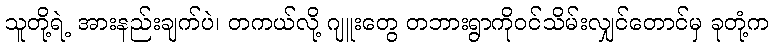
သူတို့ရဲ့ အားနည်းချက်ပဲ၊ တကယ်လို့ ဂျူးတွေ တဘားရွာကိုဝင်သိမ်းလျှင်တောင်မှ ခုတုံ့က